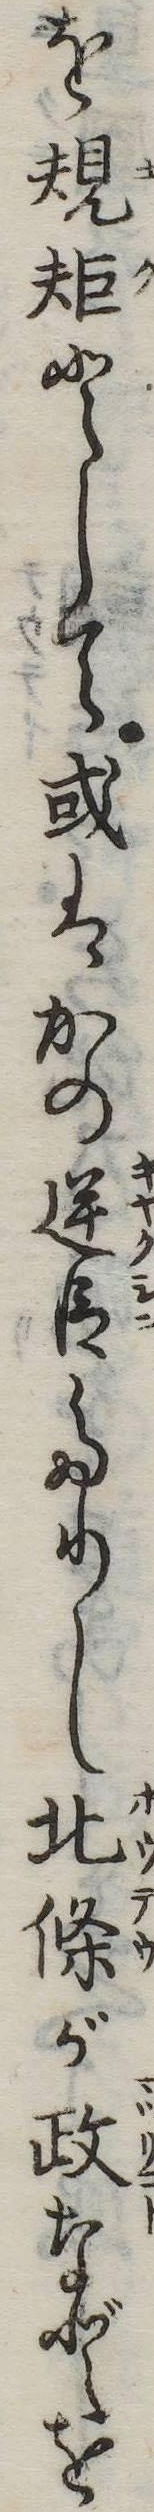
を規として或はかの逆臣たりし北条が政などを